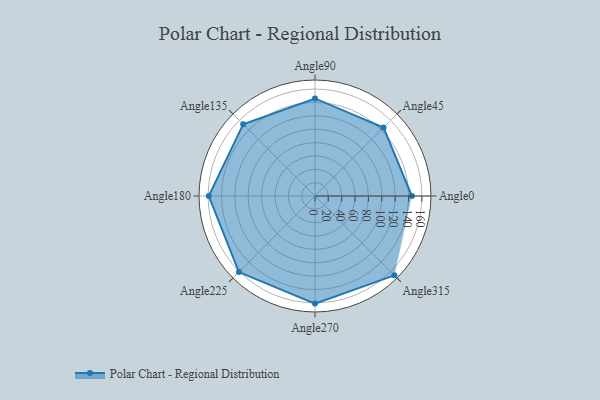
{"axis": {"x": "Angle", "y": "Radius"}, "legend": [""], "data": [{"x": "Angle0", "y": 145.0, "type": ""}, {"x": "Angle45", "y": 145.0, "type": ""}, {"x": "Angle90", "y": 146.0, "type": ""}, {"x": "Angle135", "y": 152.0, "type": ""}, {"x": "Angle180", "y": 159.0, "type": ""}, {"x": "Angle225", "y": 161.0, "type": ""}, {"x": "Angle270", "y": 161.0, "type": ""}, {"x": "Angle315", "y": 168.0, "type": ""}]}